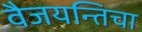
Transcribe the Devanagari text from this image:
वैजयन्तिचा